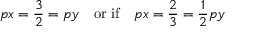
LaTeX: p x = \frac { 3 } { 2 } = p y \quad \mathrm { o r \ i f } \quad p x = \frac { 2 } { 3 } = \frac { 1 } { 2 } p y